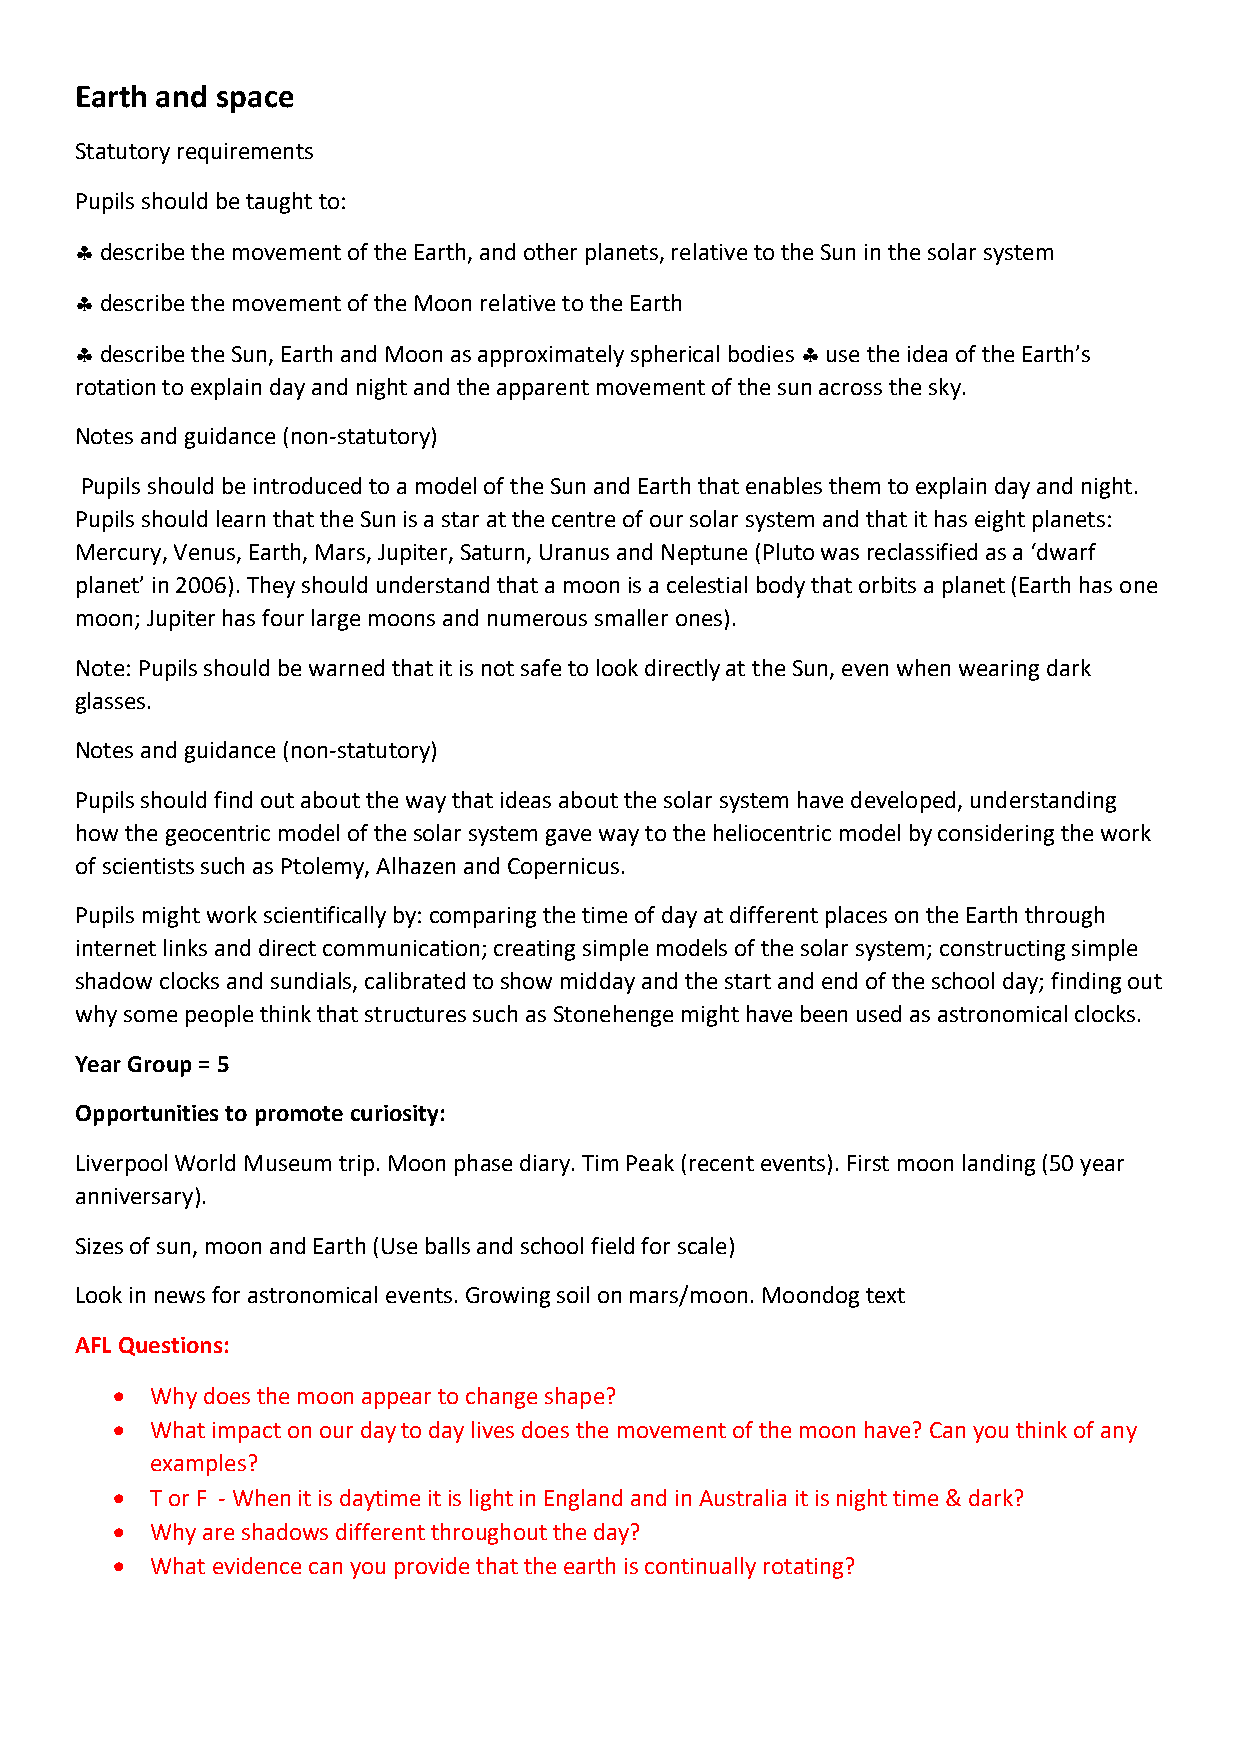
Earth and space
 Statutory requirements
 Pupils should be taught to:
  describe the movement of the Earth, and other planets, relative to the Sun in the solar system
  describe the movement of the Moon relative to the Earth
  describe the Sun, Earth and Moon as approximately spherical bodies  use the idea of the Earth’s
 rotation to explain day and night and the apparent movement of the sun across the sky.
 Notes and guidance (non-statutory)
 Pupils should be introduced to a model of the Sun and Earth that enables them to explain day and night.
 Pupils should learn that the Sun is a star at the centre of our solar system and that it has eight planets:
 Mercury, Venus, Earth, Mars, Jupiter, Saturn, Uranus and Neptune (Pluto was reclassified as a ‘dwarf
 planet’ in 2006). They should understand that a moon is a celestial body that orbits a planet (Earth has one
 moon; Jupiter has four large moons and numerous smaller ones).
 Note: Pupils should be warned that it is not safe to look directly at the Sun, even when wearing dark
 glasses.
 Notes and guidance (non-statutory)
 Pupils should find out about the way that ideas about the solar system have developed, understanding
 how the geocentric model of the solar system gave way to the heliocentric model by considering the work
 of scientists such as Ptolemy, Alhazen and Copernicus.
 Pupils might work scientifically by: comparing the time of day at different places on the Earth through
 internet links and direct communication; creating simple models of the solar system; constructing simple
 shadow clocks and sundials, calibrated to show midday and the start and end of the school day; finding out
 why some people think that structures such as Stonehenge might have been used as astronomical clocks.
 Year Group = 5
 Opportunities to promote curiosity:
 Liverpool World Museum trip. Moon phase diary. Tim Peak (recent events). First moon landing (50 year
 anniversary).
 Sizes of sun, moon and Earth (Use balls and school field for scale)
 Look in news for astronomical events. Growing soil on mars/moon. Moondog text
 AFL Questions:
   Why does the moon appear to change shape?
   What impact on our day to day lives does the movement of the moon have? Can you think of any
 examples?
   T or F - When it is daytime it is light in England and in Australia it is night time & dark?
   Why are shadows different throughout the day?
   What evidence can you provide that the earth is continually rotating?